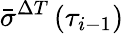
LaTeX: \bar{\sigma}^{\Delta T}\left(\tau_{i-1}\right)